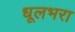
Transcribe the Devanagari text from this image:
धूलभरा